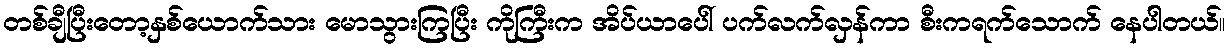
တစ်ချီပြီးတော့နှစ်ယောက်သား မောသွားကြပြီး ကိုကြီးက အိပ်ယာပေါ် ပက်လက်လှန်ကာ စီးကရက်သောက် နေပါတယ်။